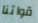
قواتنا